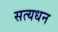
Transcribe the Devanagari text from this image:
सत्यधन